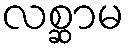
လစ္ဆာမ